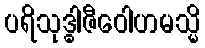
ပရိသုဒ္ဓါဇီဝေါဟမသ္မိ